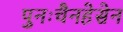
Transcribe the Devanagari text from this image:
पुनःचैनहेसेन